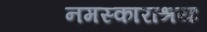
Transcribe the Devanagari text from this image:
नमस्काराश्रयः